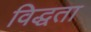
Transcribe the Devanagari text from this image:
विद्धता